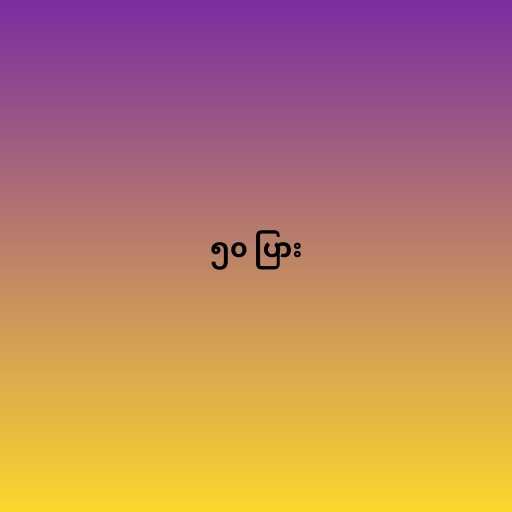
၅၀ ပြား